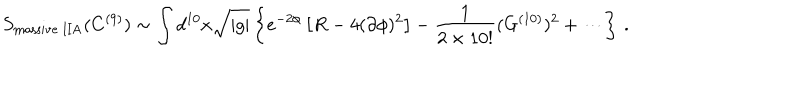
LaTeX: S _ { \mathrm { m a s s i v e \ I I A } } ( C ^ { ( 9 ) } ) \sim \int d ^ { 1 0 } x { \sqrt { | g | } } \left\{ e ^ { - 2 \phi } \left[ R - 4 ( \partial \phi ) ^ { 2 } \right] - \frac { 1 } { 2 \times 1 0 ! } ( G ^ { ( 1 0 ) } ) ^ { 2 } + \cdots \right\} \, .